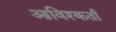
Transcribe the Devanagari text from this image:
आविश्कर्ता